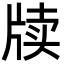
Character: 牍